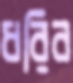
ধরিব